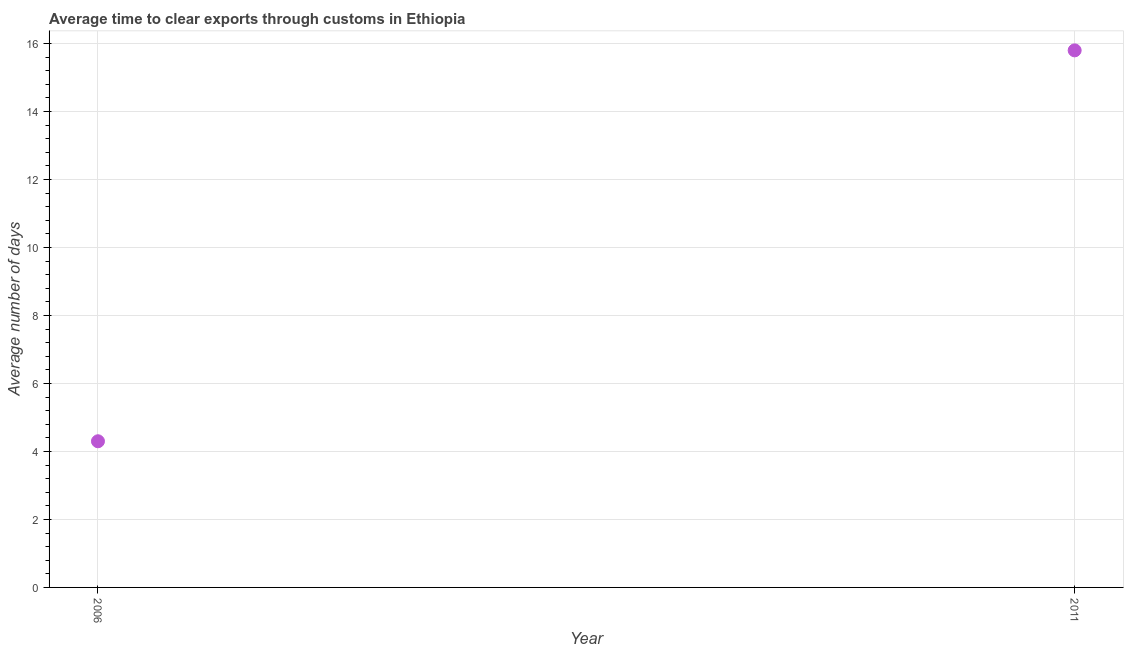
| Year | Time to clear exports through customs |
 | --- | --- |
 | 2006 | 4.3 |
 | 2011 | 15.8 |